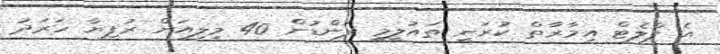
އެ ފްލެޓް އިމާރާތް ކުރަނީ ތައުލީމީ ފަންޑުން 40 މިލިއަން ރުފިޔާ ހަރަދު